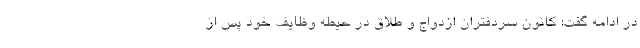
در ادامه گفت: کانون سردفتران ازدواج و طلاق در حیطه وظایف خود پس از